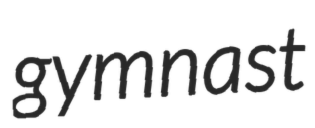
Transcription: gymnast